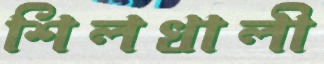
শিলখালী